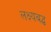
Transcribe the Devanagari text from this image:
लक्ष्यबद्ध